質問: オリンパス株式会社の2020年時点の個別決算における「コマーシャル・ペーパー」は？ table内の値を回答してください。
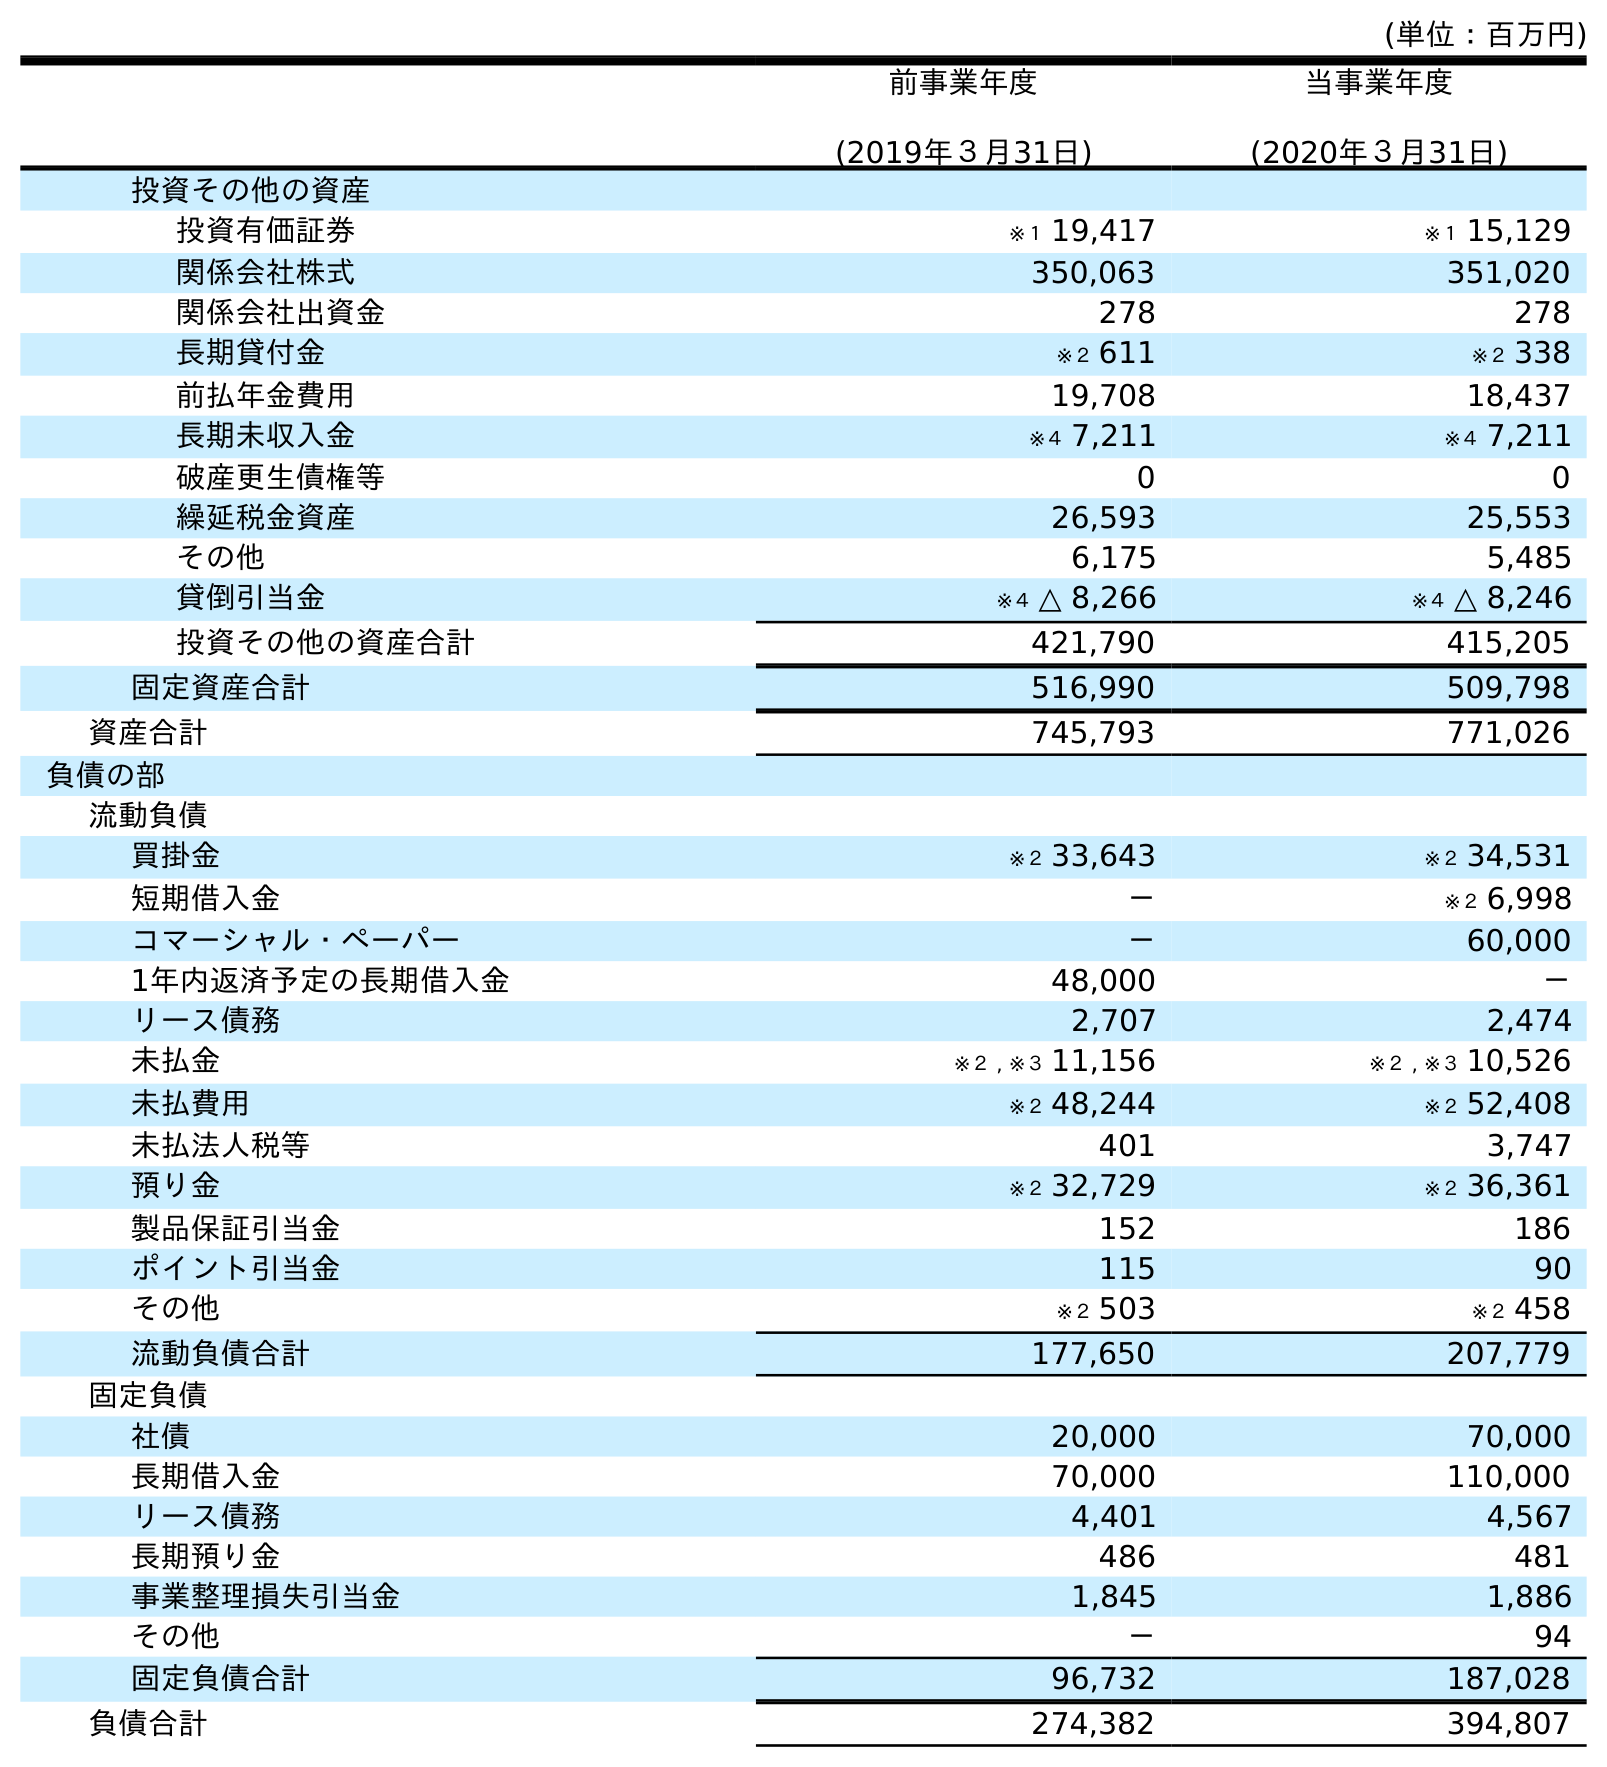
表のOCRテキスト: (単位：百万円) 前事業年度 (2019年３月31日) 当事業年度 (2020年３月31日) 投資その他の資産 投資有価証券 ※１ 19,417 ※１ 15,129 関係会社株式 350,063 351,020 関係会社出資金 278 278 長期貸付金 ※２ 611 ※２ 338 前払年金費用 19,708 18,437 長期未収入金 ※４ 7,211 ※４ 7,211 破産更生債権等 0 0 繰延税金資産 26,593 25,553 その他 6,175 5,485 貸倒引当金 ※４ △ 8,266 ※４ △ 8,246 投資その他の資産合計 421,790 415,205 固定資産合計 516,990 509,798 資産合計 745,793 771,026 負債の部 流動負債 買掛金 ※２ 33,643 ※２ 34,531 短期借入金 － ※２ 6,998 コマーシャル・ペーパー － 60,000 1年内返済予定の長期借入金 48,000 － リース債務 2,707 2,474 未払金 ※２ , ※３ 11,156 ※２ , ※３ 10,526 未払費用 ※２ 48,244 ※２ 52,408 未払法人税等 401 3,747 預り金 ※２ 32,729 ※２ 36,361 製品保証引当金 152 186 ポイント引当金 115 90 その他 ※２ 503 ※２ 458 流動負債合計 177,650 207,779 固定負債 社債 20,000 70,000 長期借入金 70,000 110,000 リース債務 4,401 4,567 長期預り金 486 481 事業整理損失引当金 1,845 1,886 その他 － 94 固定負債合計 96,732 187,028 負債合計 274,382 394,807
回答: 60,000